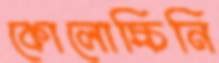
কোলোচ্চিনি